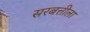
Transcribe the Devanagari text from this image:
सरबत्तीला